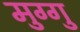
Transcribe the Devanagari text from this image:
मुग्गु